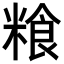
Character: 𮇯